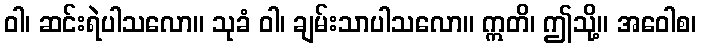
ဝါ၊ ဆင်းရဲပါသလော။ သုခံ ဝါ၊ ချမ်းသာပါသလော။ ဣတိ၊ ဤသို့။ အဝေါစ၊